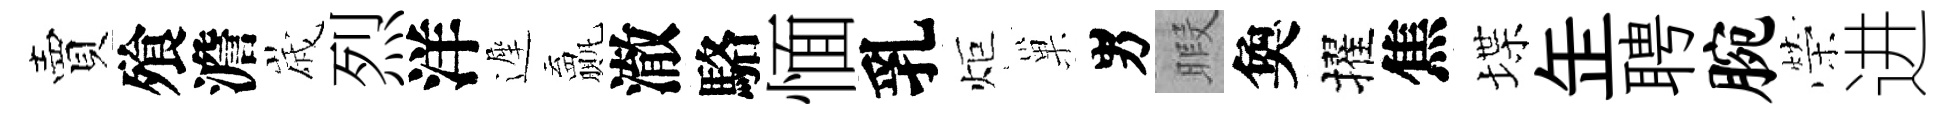
賣飱澹𡻕烈洋遲贏澈駱愐乳炬巢男暇奐擢焦堞𦈢聘腕榮进